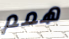
همم